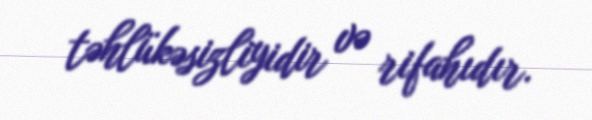
təhlükəsizliyidir və rifahıdır.